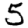
Digit: 5